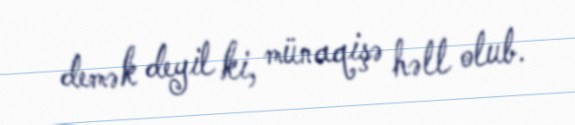
demək deyil ki, münaqişə həll olub.